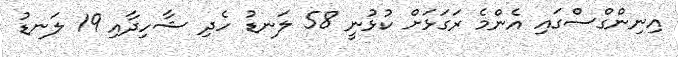
އިނިންގްސްގައި އެންމެ ރަގަޅަށް ކުޅުނީ 58 ލަނޑު ހެދި ޝާހިދާއި 19 ލަނޑު